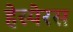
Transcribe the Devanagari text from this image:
हेस्पेरस